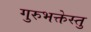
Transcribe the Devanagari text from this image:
गुरुभक्तेस्तु